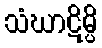
သံဃာဋိမ္ပိ